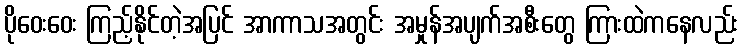
ပိုဝေးဝေး ကြည့်နိုင်တဲ့အပြင် အာကာသအတွင်း အမှုန်အပျက်အစီးတွေ ကြားထဲကနေလည်း